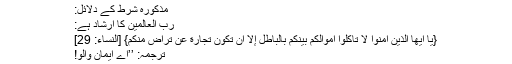
مذکورہ شرط کے دلائل:
ربُّ العالمین کا ارشاد ہے:
{يَا أَيُّهَا الَّذِيْنَ آمَنُوْا لَا تَأْكُلُوا أَمْوَالَكُمْ بَيْنَكُمْ بِالْبَاطِلِ إِلَّآ أَنْ تَكُوْنَ تِجَارَةً عَنْ تَرَاضٍ مِّنْكُمْ} [النساء: 29]
ترجمہ: ’’اے ایمان والو!